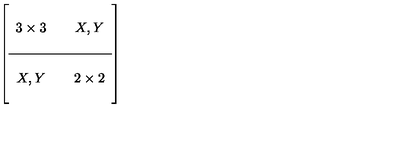
\left[ \begin{array} { c c c } { } & {  } & { } \\ { 3 \times 3 } & {  } & { X , Y } \\ { } & {  } & { } \\ \hline { } & {  } & { } \\ { X , Y } & {  } & { 2 \times 2 } \\ { } & {  } & { } \\ \end{array} \right]